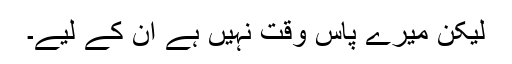
لیکن میرے پاس وقت نہیں ہے ان کے لیے۔